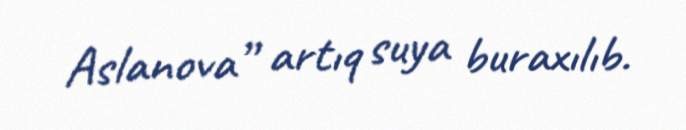
Aslanova” artıq suya buraxılıb.